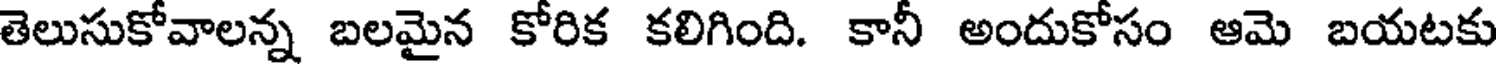
తెలుసుకోవాలన్న బలమైన కోరిక కలిగింది. కానీ అందుకోసం ఆమె బయటకు